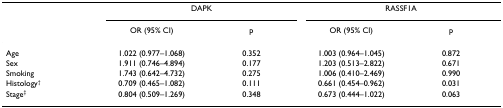
|  | <COLSPAN=2> DAPK | <COLSPAN=2> RASSF1A |
 |  | OR (95% CI) | p | OR (95% CI) | p |
 | --- | --- | --- | --- | --- |
 | Age | 1.022 (0.977–1.068) | 0.352 | 1.003 (0.964–1.045) | 0.872 |
 | Sex | 1.911 (0.746–4.894) | 0.177 | 1.203 (0.513–2.822) | 0.671 |
 | Smoking | 1.743 (0.642–4.732) | 0.275 | 1.006 (0.410–2.469) | 0.990 |
 | Histology† | 0.709 (0.465–1.082) | 0.111 | 0.661 (0.454–0.962) | 0.031 |
 | Stage‡ | 0.804 (0.509–1.269) | 0.348 | 0.673 (0.444–1.022) | 0.063 |